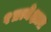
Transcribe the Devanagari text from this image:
१प्रत्येक्षात